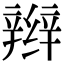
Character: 辫